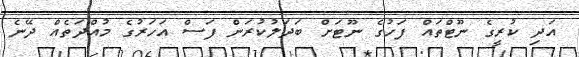
އަދި ކުރީގެ ނޫޓްތައް ފަހުގެ ނޫޓަށް ބަދަލުކުރަން ފަސް އަހަރުގެ މުއްދަތެއް ދޭނެ